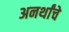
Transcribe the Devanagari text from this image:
अनर्थांचे